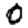
Digit: 0